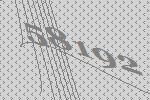
58192